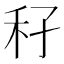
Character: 𥝔